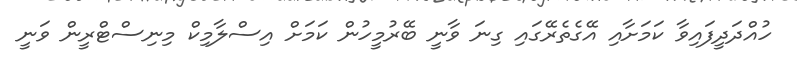
ހުއްދަދީފައިވާ ކަމަށާއި އޭގެތެރޭގައި ގިނަ ވާނީ ބޭރުމީހުން ކަމަށް އިސްލާމިކް މިނިސްޓްރީން ވަނީ